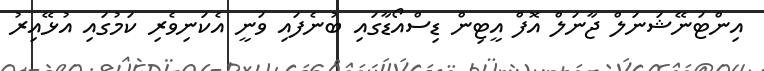
އިންޓަނޭޝަނަލް ޖާނަލް އޮފް އީޓިން ޑިސްއޯޑާގައި ބުނެފައި ވަނީ އެކަނިވެރި ކަމުގައި އުޅޭއިރު